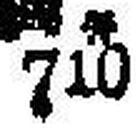
### * 710